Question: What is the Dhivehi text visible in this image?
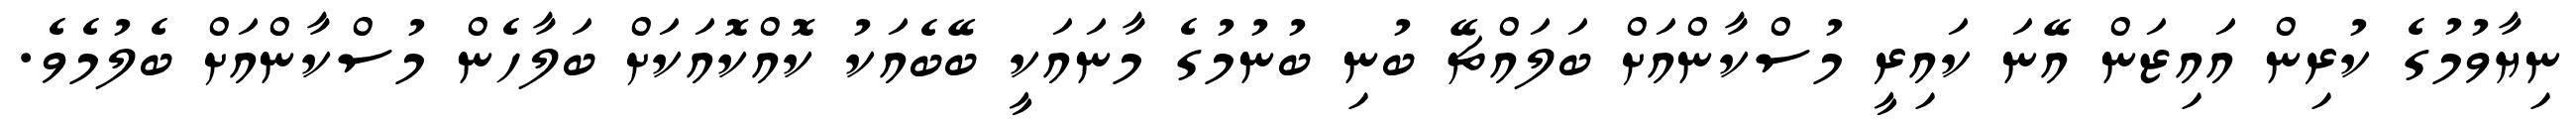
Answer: ނިޔާވުމުގެ ކުރިން އައިޒަން އޭނަ ކައިރީ މުސްކާންއަށް ބަލައްޗޭ ބުނި ބުނުމުގެ މާނައަކީ ބޭބެއަކު ކޮއްކޮއަކަށް ބަލާހެން މުސްކާންއަށް ބެލުމެވެ.